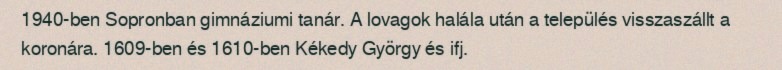
1940-ben Sopronban gimnáziumi tanár. A lovagok halála után a település visszaszállt a koronára. 1609-ben és 1610-ben Kékedy György és ifj.